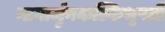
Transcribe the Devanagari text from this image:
नागार्जुनकल्किभूपती